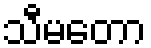
သီမတော